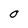
Character: O